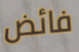
فائض